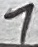
Text: 7